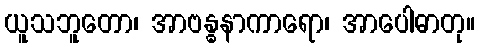
ယူသဘူတော၊ အာဗန္ဓနာကာရော၊ အာပေါဓာတု။